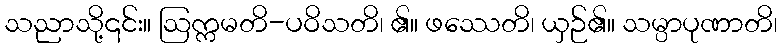
သညာသို့၎င်း။ ဩက္ကမတိ-ပဝိသတိ၊ ၏။ ဖဿေတိ၊ ယှဉ်၏။ သမ္ပာပုဏာတိ၊